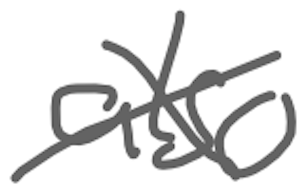
Text: also
Cross-out: cross
Writing tool: digital_gray